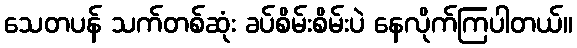
သေတပန် သက်တစ်ဆုံး ခပ်စိမ်းစိမ်းပဲ နေလိုက်ကြပါတယ်။